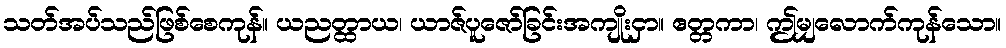
သတ်အပ်သည်ဖြစ်စေကုန်။ ယညတ္ထာယ၊ ယာဇ်ပူဇော်ခြင်းအကျိုးငှာ။ ဧတ္တကာ၊ ဤမျှလောက်ကုန်သော။